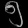
Digit: ၅